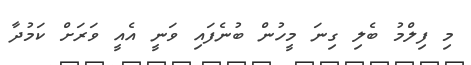
މި ފިލްމު ބެލި ގިނަ މީހުން ބުނެފައި ވަނީ އެއީ ވަރަށް ކަމުދާ